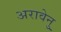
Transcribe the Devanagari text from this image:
अरावेनु